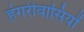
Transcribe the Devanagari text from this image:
हंगरीवासियों